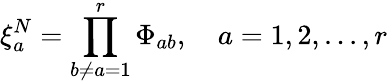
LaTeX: \xi_{a}^{N}=\prod_{b\neq a=1}^{r}\Phi_{ab},\quad a=1,2,...,r